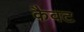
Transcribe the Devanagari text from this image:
कैवट